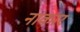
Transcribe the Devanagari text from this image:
नाकारं